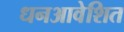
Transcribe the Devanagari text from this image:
धनआवेशित